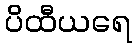
ပိထီယရေ